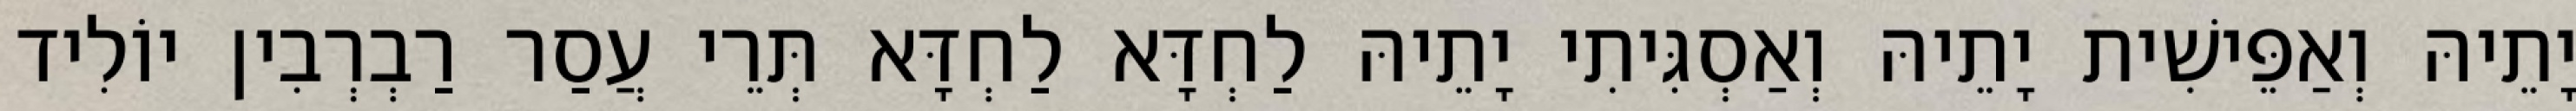
יָתֵיהּ וְאַפֵּישִׁית יָתֵיהּ וְאַסְגִּיתִי יָתֵיהּ לַחְדָּא לַחְדָּא תְּרֵי עֲסַר רַבְרְבִין יוֹלִיד